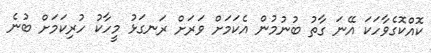
ކޮއްކޮގެވާހަކަ އޭނަ ގާތު ބުނުމުން އެކަމަށް ވަރަށް ރަނގަޅު މީހާކު ހުރިކަމަށް ބުނެ